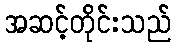
အဆင့်တိုင်းသည်